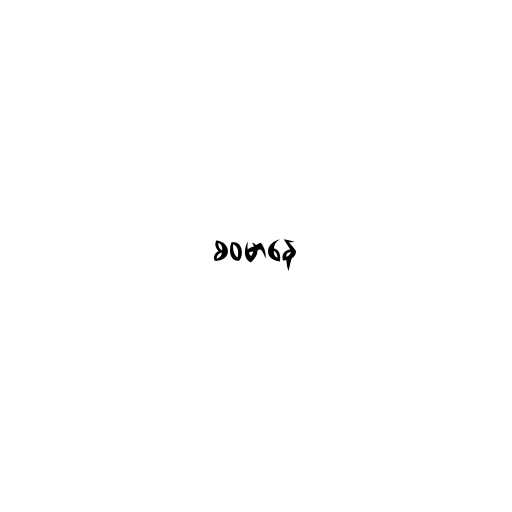
စဝမာနေ